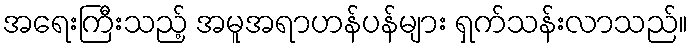
အရေးကြီးသည့် အမူအရာဟန်ပန်များ ရှက်သန်းလာသည်။